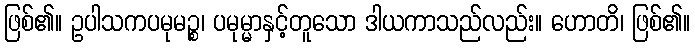
ဖြစ်၏။ ဥပါသကပမုမဉ္စ၊ ပမုမ္မာနှင့်တူသော ဒါယကာသည်လည်း။ ဟောတိ၊ ဖြစ်၏။